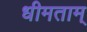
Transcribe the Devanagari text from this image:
धीमताम्‌